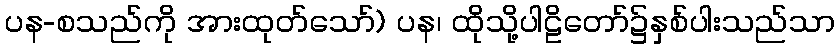
ပန-စသည်ကို အားထုတ်သော်) ပန၊ ထိုသို့ပါဠိတော်၌နှစ်ပါးသည်သာ